Indian journal of veterinary science and animal husbandry - Volume 7,
Year: 1937
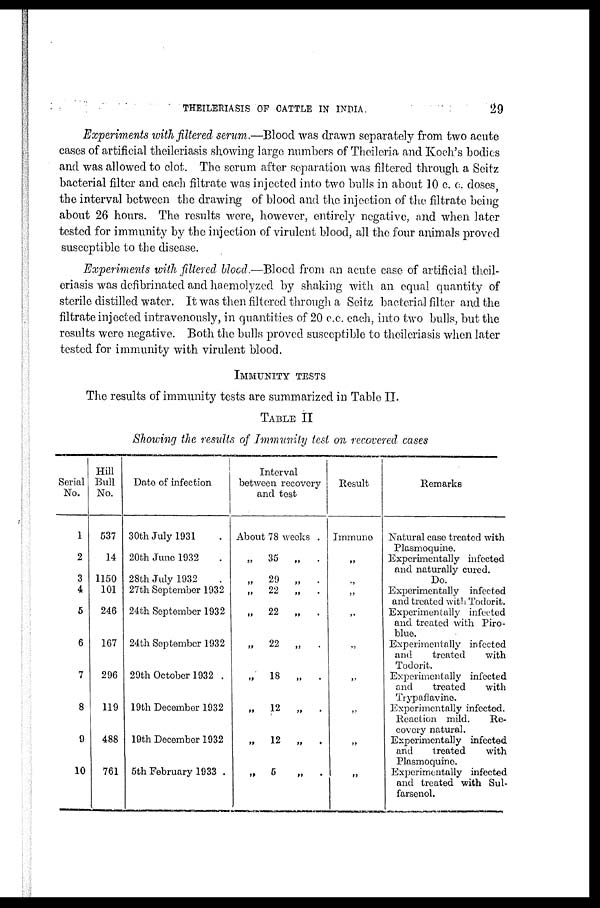
THEILERIASIS OF CATTLE IN INDIA
29
Experiments with filtered serum.—Blood was drawn separately from two acute
cases of artificial theileriasis showing large numbers of Theileria and Koch's bodies
and was allowed to clot. The serum after separation was filtered through a Seitz
bacterial filter and each filtrate was injected into two bulls in about 10 c. c. doses,
the interval between the drawing of blood and the injection of the filtrate being
about 26 hours. The results were, however, entirely negative, and when later
tested for immunity by the injection of virulent blood, all the four animals proved
susceptible to the disease.
Experiments with filtered blood.—Blood from an acute case of artificial theil-
eriasis was defibrinated and haemolyzed by shaking with an equal quantity of
sterile distilled water. It was then filtered throngh a Seitz bacterial filter and the
filtrate injected intravenously, in quantities of 20 c.c. each, into two bulls, but the
results were negative. Both the bulls proved susceptible to theileriasis when later
tested for immunity with virulent blood.
IMMUNITY TESTS
The results of immunity tests are summarized in Table II.
TABLE II
Showing the results of Immunity test on recovered cases
Serial
No.
1
2
3
4
5
6
7
8
9
10
Hill
Bull
No.
537
14
1150
101
246
167
296
119
488
761
Date of infection
30th July 1931 .
20th June 1932 .
28th July 1932 .
27th September 1932
24th September 1932
24th September 1932
29th October 1932 .
19th December 1932
19th December 1932
5th February 1933
Interval
between recovery
and test
About 78 weeks .
„
35
„ .
„
29
„
.
„
22
„
.
„
22
„ .
„ 22
„ .
„
18
„
.
„ 12 „ .
„
12
„
.
„ 5 „ .
Result
Immune
„
„
„
„
„
„
„
„
„
Remarks
Natural case treated with
Plasmoquine.
Experimentally infected
and naturally cured.
Do.
Experimentally infected
and treated with Todorit.
Experimentally infected
and treated with Piro-
blue.
Experimentally infected
and
treated
with
Todorit.
Experimentally infected
and
treated
with
Trypafiavino.
Experimentally infected
Reaction mild.
Re-
covery natural.
Experimentally infected
and
treated
with
Plasmoquine.
Experimentally infected
and treated with Sul-
farsenol.